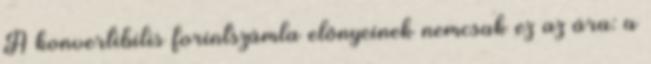
A konvertibilis forintszámla előnyeinek nemcsak ez az ára: a